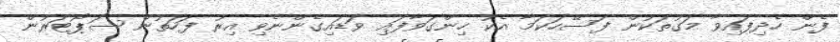
ފެން ހެދިފައިވާ މަގުތަކުން ފަސޭހަކަމާ އެކު ހިންގަވާފައި ވަޑައިގެންނެވި އިރު ފަހަތުން ސަޕޯޓަރުން